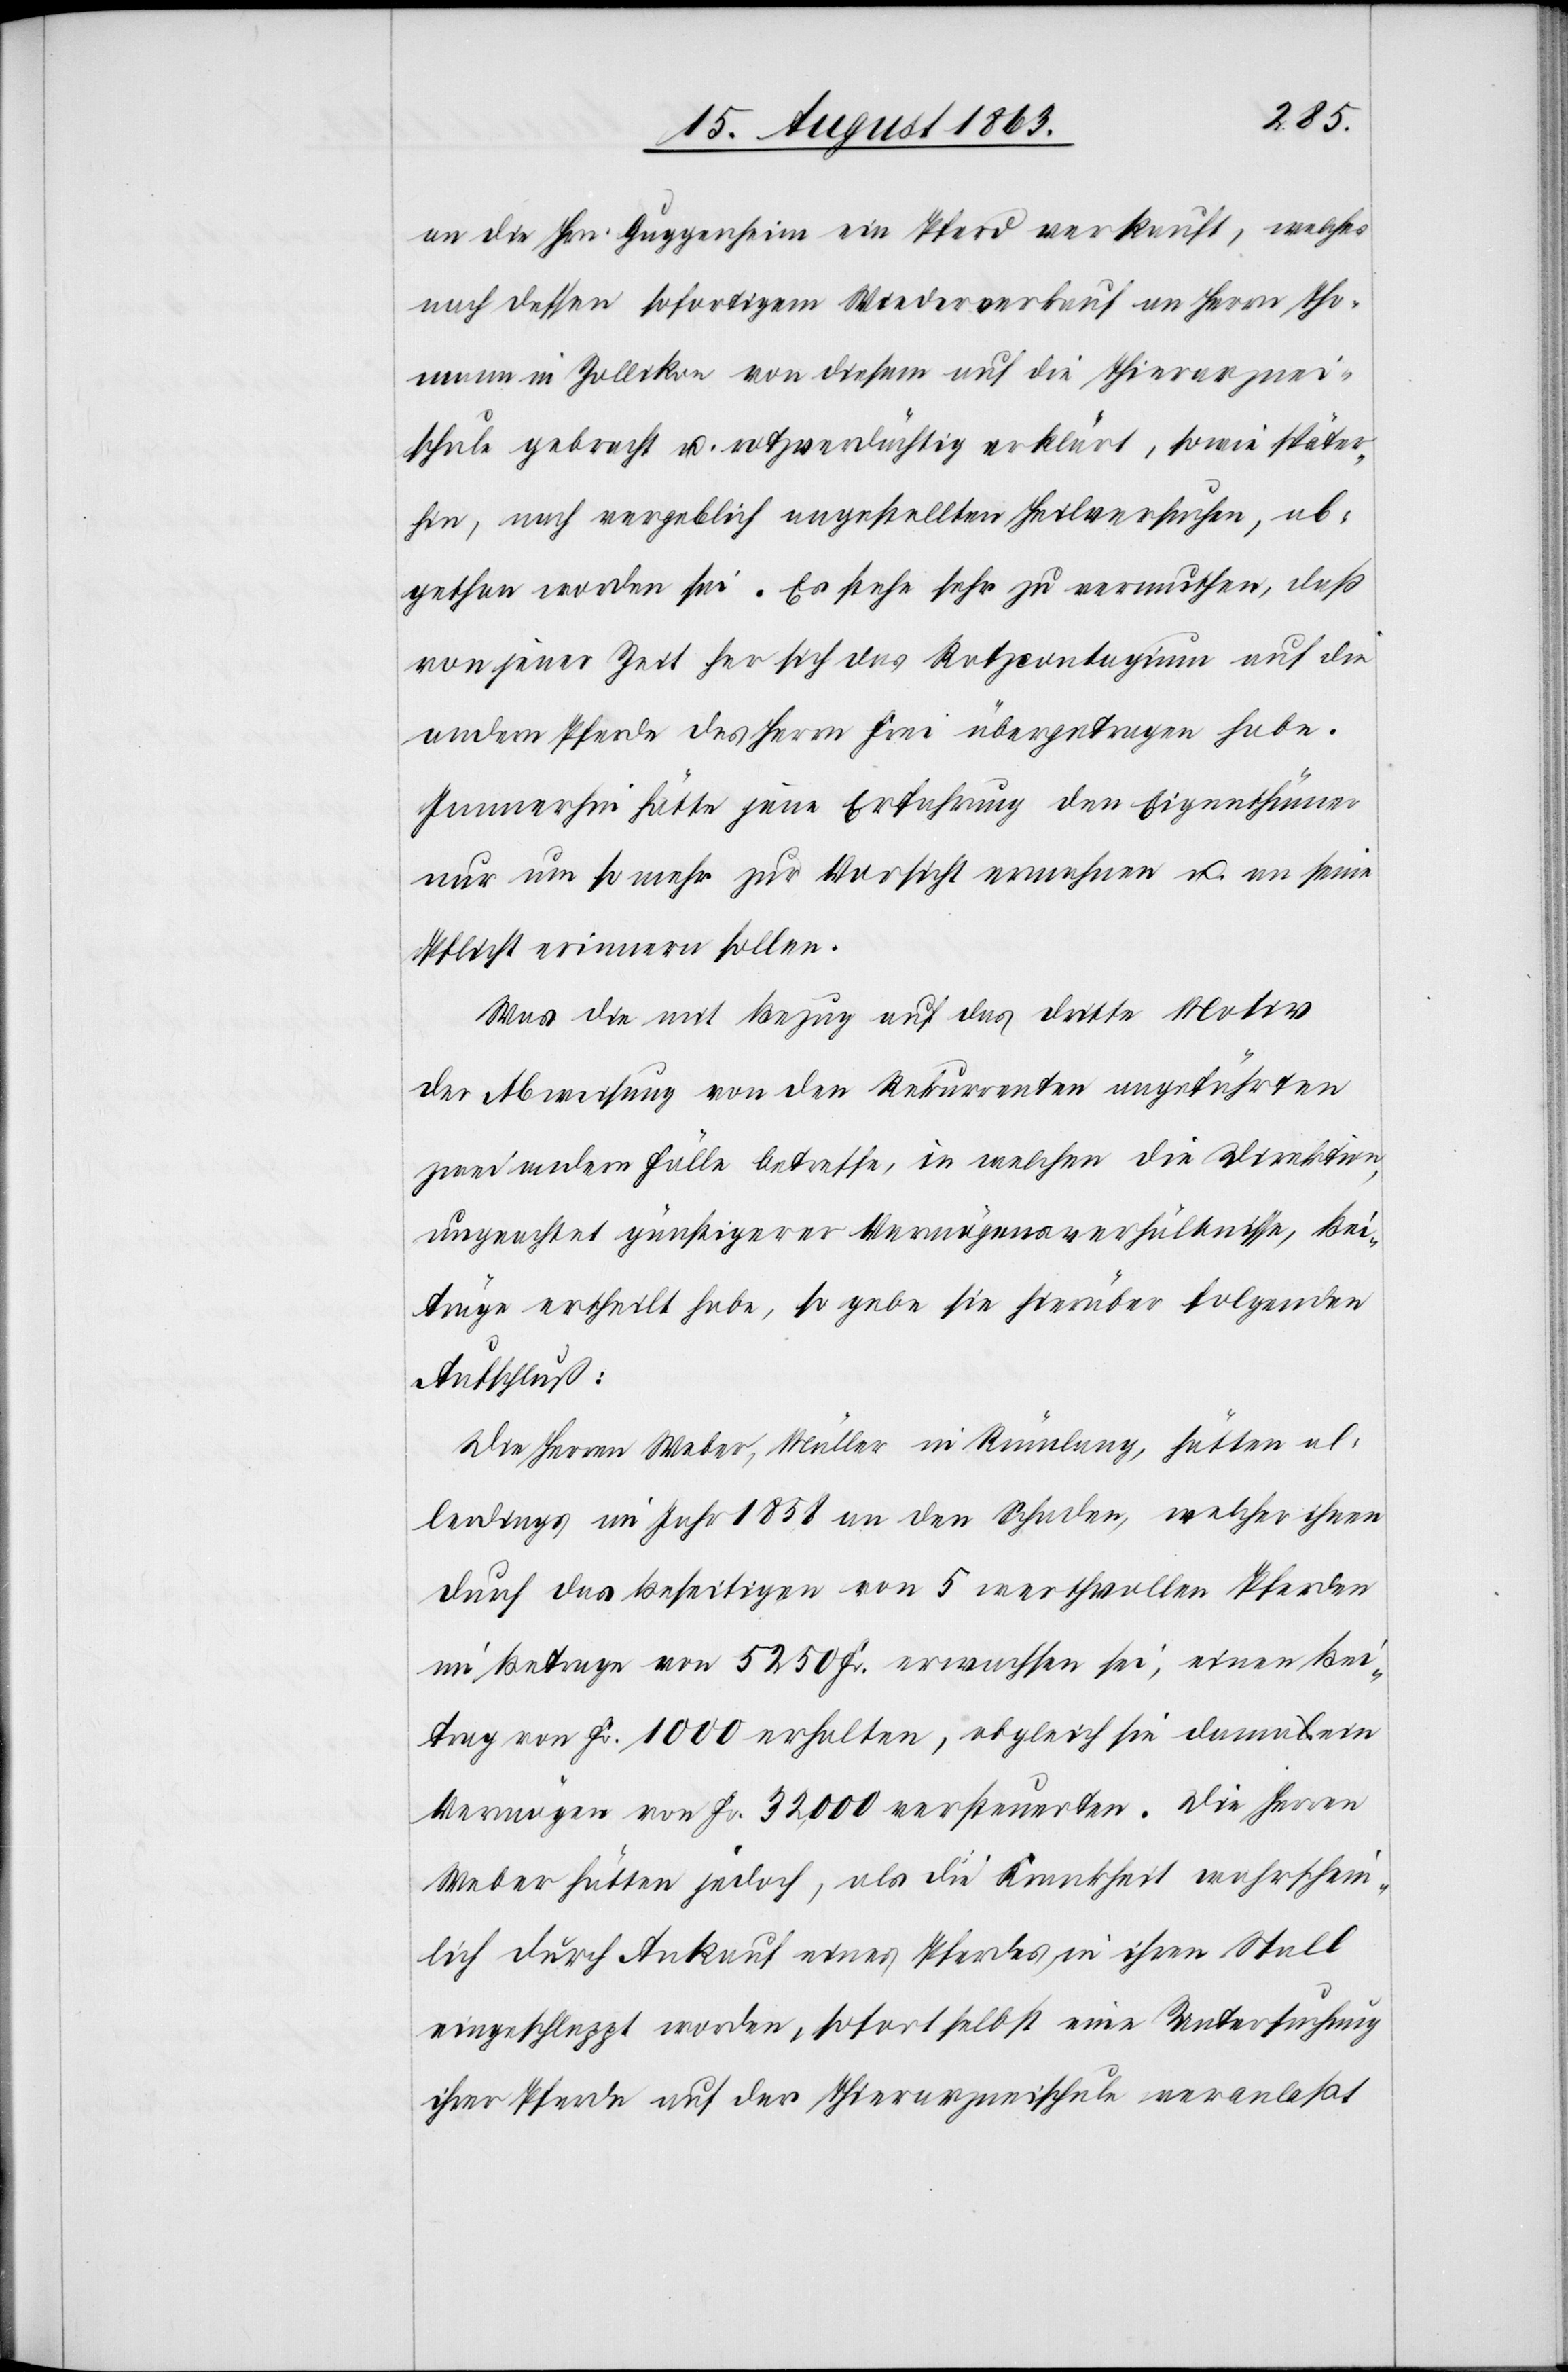
an die Hrn. Guggenheim ein Pferd verkauft, welches
nach dessen sofortigem Wiederverkauf an Herrn Tho¬
mann in Zollikon von diesem auf die Thierarznei¬
schule gebracht u. rotzverdächtig erklärt, sowie später¬
hin, nach vergeblich angestellten Heilversuchen, ab¬
gethan worden sei. Es stehe sehr zu vermuthen, daß
von jener Zeit her sich das Rotzcontagium auf die
andern Pferde des Herrn Frei übergetragen habe.
Immerhin hätte jene Erfahrung den Eigenthümer
nur um so mehr zur Vorsicht ermahnen u. an seine
Pflicht erinnern sollen.
Was die mit Bezug auf das dritte Motiv
der Abweisung von den Rekurrenten angeführten
zwei andern Fälle betreffe, in welchen die Direktion,
ungeachtet günstigerer Vermögensverhältnisse, Bei¬
träge ertheilt habe, so gebe sie hierüber folgenden
Aufschluß:
Die Herren Weber, Müller in Rümlang, hätten al¬
lerdings im Jahr 1858 an den Schaden, welcher ihnen
durch das Beseitigen von 5 werthvollen Pferden
im Betrage von 5250 Fr. erwachsen sei, einen Bei¬
trag von Fr. 1000 erhalten, obgleich sie damals ein
Vermögen von Fr. 32,000 versteuerten. Die Herren
Weber hätten jedoch, als die Krankheit wahrschein¬
lich durch Ankauf eines Pferdes in ihren Stall
eingeschleppt worden, sofort selbst eine Untersuchung
ihrer Pferde auf der Thierarzneischule veranlaßt